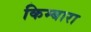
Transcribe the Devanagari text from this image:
किम्बारा